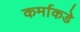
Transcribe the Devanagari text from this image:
कर्माकडे